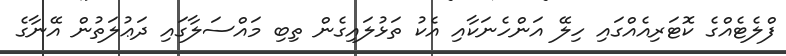
ފްލެޓެއްގެ ކޮޓަރިއެއްގައި ހިލޭ އަންހެނަކާއި އެކު ތަޅުލައިގެން ތިބި މައްސަލާގައި ދަޢުލަތުން އޭނާގެ